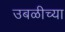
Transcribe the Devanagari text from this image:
उबळीच्या